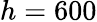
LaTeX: h=600